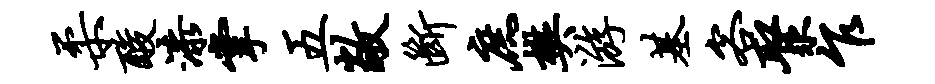
柔酸漆掌五敞断庶樊游基客聚乍